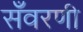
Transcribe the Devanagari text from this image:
सँवरणी